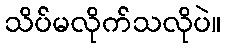
သိပ်မလိုက်သလိုပဲ။